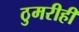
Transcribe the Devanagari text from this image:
ठुमरीही